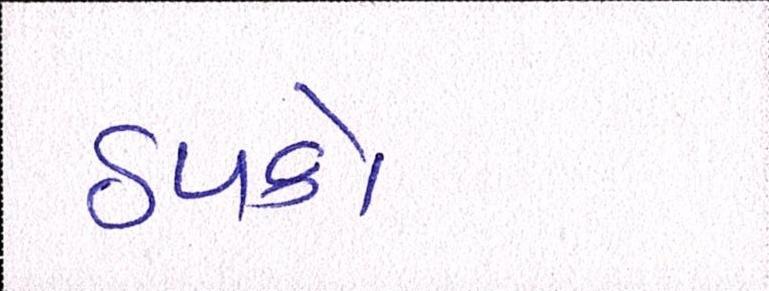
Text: ઠપકો